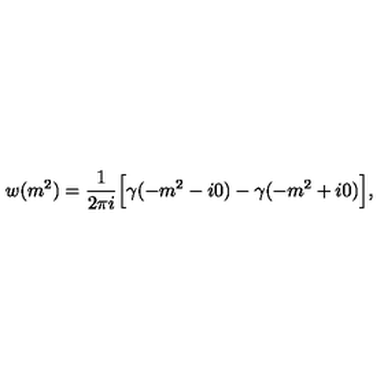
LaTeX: w ( m ^ { 2 } ) = \frac { 1 } { 2 \pi i } \Bigl [ \gamma ( - m ^ { 2 } - i 0 ) - \gamma ( - m ^ { 2 } + i 0 ) \Bigr ] ,